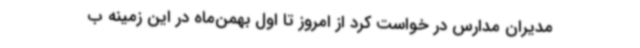
مدیران مدارس در خواست کرد از امروز تا اول بهمن‌ماه در این زمینه ب